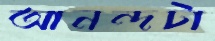
আনন্দটা